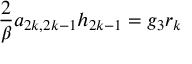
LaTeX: \frac { 2 } { \beta } a _ { 2 k , 2 k - 1 } h _ { 2 k - 1 } = g _ { 3 } r _ { k }